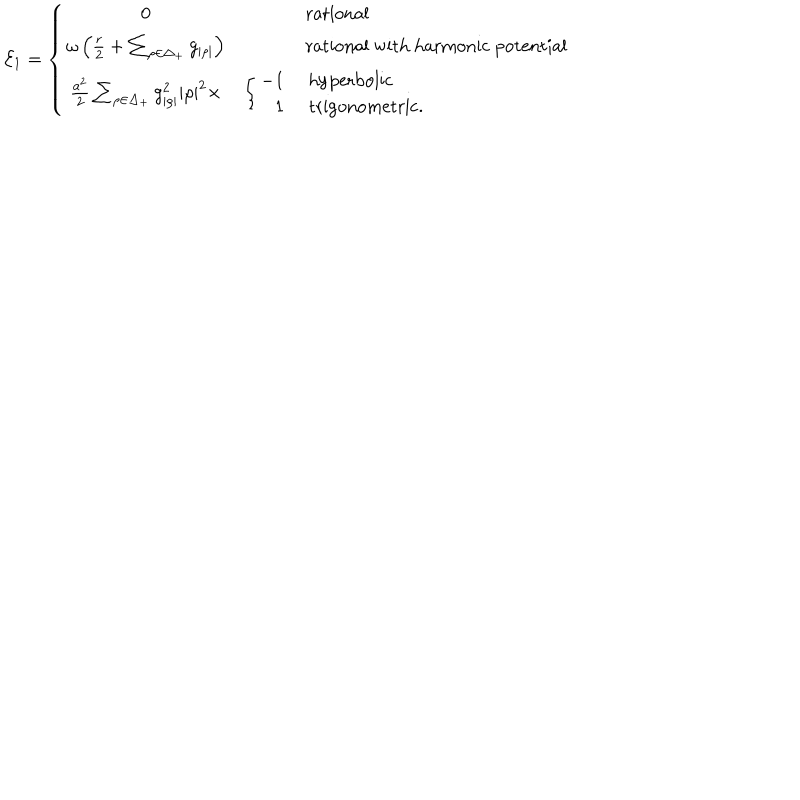
{ \cal E } _ { 1 } = \left\{ \begin{array} { c l l } { { 0 } } & { { } } & { { \mathrm { r a t i o n a l } } } \\ { { \omega \left( { \frac { r } { 2 } } + \sum _ { \rho \in \Delta _ { + } } g _ { | \rho | } \right) } } & { { } } & { { \mathrm { r a t i o n a l ~ w i t h ~ h a r m o n i c ~ p o t e n t i a l } } } \\ { { { \frac { a ^ { 2 } } { 2 } } \sum _ { \rho \in \Delta _ { + } } g _ { | \rho | } ^ { 2 } | \rho | ^ { 2 } \times } } & { { \left\{ \begin{array} { r } { { - 1 } } \\ { { 1 } } \\ \end{array} \right. } } & { { \begin{array} { l } { { \mathrm { h y p e r b o l i c } } } \\ { { \mathrm { t r i g o n o m e t r i c . } } } \\ \end{array} } } \\ \end{array} \right.